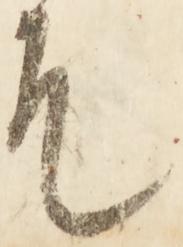
そ